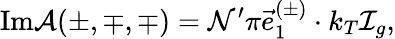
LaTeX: \mathrm{Im}{\cal A}(\pm,\mp,\mp)={\cal N}^{\prime}\pi\vec{e}_{1}^{(\pm)}\cdot k_{T}{\cal I}_{g},